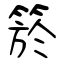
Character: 箊